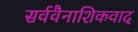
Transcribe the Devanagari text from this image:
सर्ववैनाशिकवाद